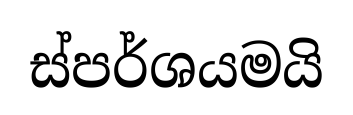
ස්පර්ශයමයි